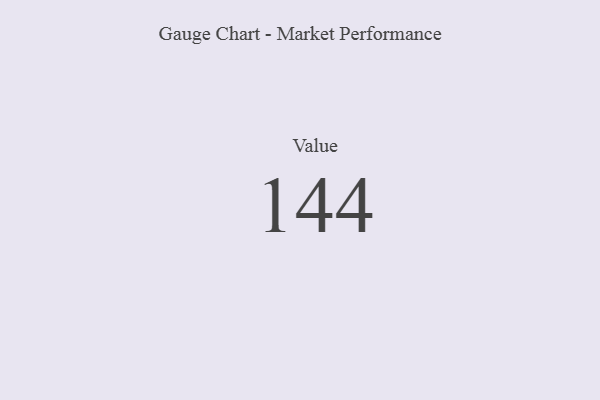
{"axis": {"x": "Metric", "y": "Value"}, "legend": [""], "data": [{"x": "Value", "y": 144, "type": ""}]}